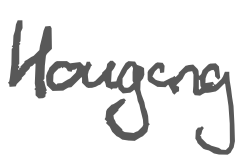
Text: Hougang
Cross-out: clean
Writing tool: digital_gray